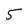
Character: 5